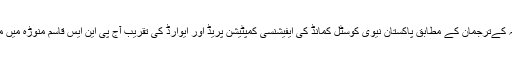
پاک بحریہ کےترجمان کے مطابق پاکستان نیوی کوسٹل کمانڈ کی ایفیشنسی کمپٹیشن پریڈ اور ایوارڈ کی تقریب آج پی این ایس قاسم منوڑہ میں منعقد ہوئی۔